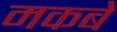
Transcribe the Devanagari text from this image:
मकबे